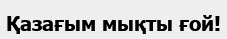
Қазағым мықты ғой!